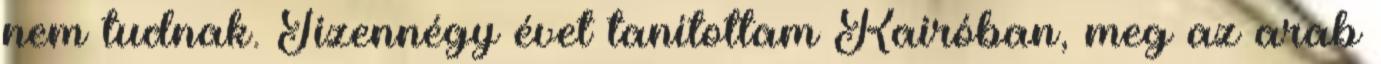
nem tudnak. Tizennégy évet tanítottam Kairóban, meg az arab